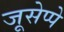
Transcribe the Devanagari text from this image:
जूसेप्पे